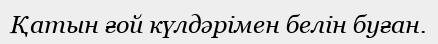
Қатын ғой күлдәрімен белін буған.